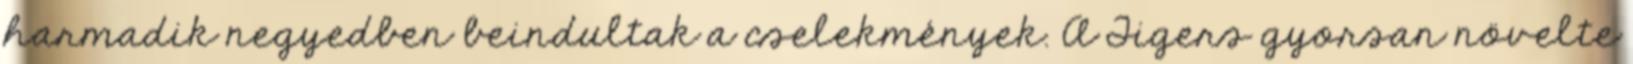
harmadik negyedben beindultak a cselekmények. A Tigers gyorsan növelte